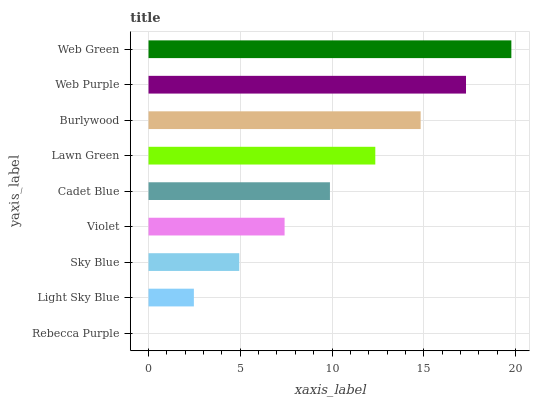
| yaxis_label | bars |
 | --- | --- |
 | Rebecca Purple | 0 |
 | Light Sky Blue | 2.47 |
 | Sky Blue | 4.94 |
 | Violet | 7.41 |
 | Cadet Blue | 9.89 |
 | Lawn Green | 12.4 |
 | Burlywood | 14.8 |
 | Web Purple | 17.3 |
 | Web Green | 19.8 |